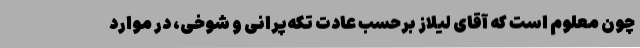
چون معلوم است که آقای لیلاز برحسب عادت تکه‌پرانی و شوخی، در موارد